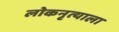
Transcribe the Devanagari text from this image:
लोकनृत्याला